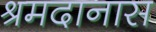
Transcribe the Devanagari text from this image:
श्रमदानास